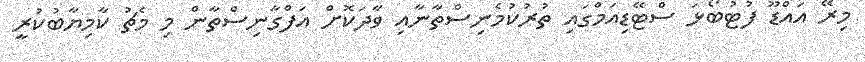
މިރޭ އައްޑޫ ފުޓުބޯޅަ ސްޓޭޑިއަމްގައި ތުރުކުމެނިސްތާނާއި ވާދަކޮށް އަފްގާނިސްތާން މި މެޗު ކާމިޔާބުކުރީ